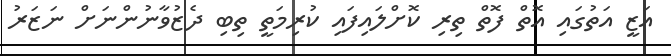
އަޒީ އަތުގައި އޮތް ފޮތް ތިރި ކޮށްލައިފައި ކުރިމަތީ ތިބި ދެޒުވާނުންނަށް ނަޒަރު